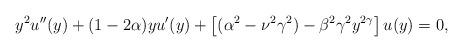
LaTeX: \begin{align*}y^2 u''(y) + (1 - 2\alpha) y u'(y) + \left[(\alpha^2 - \nu^2 \gamma^2) - \beta^2 \gamma^2y^{2\gamma}\right] u(y) = 0,\end{align*}